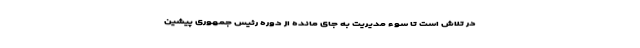
در تلاش است تا سوء مدیریت به جای مانده از دوره رئیس جمهوری پیشین